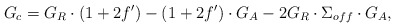
\begin{align*}G_c = G_R \cdot ( 1 + 2 f') - ( 1 + 2 f') \cdot G_A - 2 G_R \cdot \Sigma_{off} \cdot G_A , \end{align*}